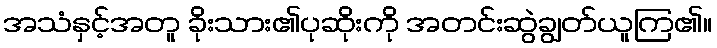
အသံနှင့်အတူ ခိုးသား၏ပုဆိုးကို အတင်းဆွဲချွတ်ယူကြ၏။